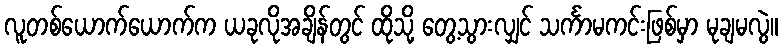
လူတစ်ယောက်ယောက်က ယခုလိုအချိန်တွင် ထိုသို့ တွေ့သွားလျှင် သင်္ကာမကင်းဖြစ်မှာ မုချမလွဲ။